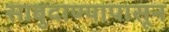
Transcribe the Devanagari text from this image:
साबुदाण्यापासून